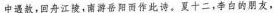
中遇赦，回舟江陵，南游岳阳而作此诗。夏十二，李白的朋友，